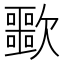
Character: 𣤲